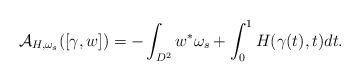
LaTeX: \begin{align*} \mathcal A_{H, \omega_s} ([\gamma,w])= - \int_{D^2} w^* \omega_s + \int_0^1H(\gamma(t),t) dt. \end{align*}